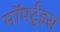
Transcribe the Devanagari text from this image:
मॉपर्टुइस